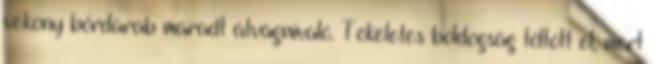
vékony bőrdarab maradt átvágnivaló. Tökéletes boldogság töltött el, mert